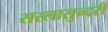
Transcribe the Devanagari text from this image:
सरलासुन्दरी